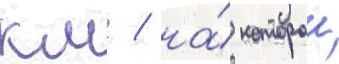
км / на́ которои